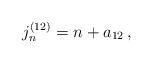
LaTeX: \begin{align*}j_n^{(12)}=n+a_{12}\,, \end{align*}